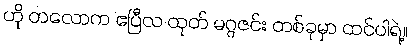
ဟို တလောက ဧပြီလ ထုတ် မဂ္ဂဇင်း တစ်ခုမှာ ထင်ပါရဲ့။